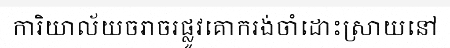
ការិយាល័យចរាចរផ្លូវគោករង់ចាំដោះស្រាយនៅ